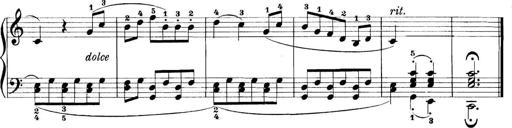
Title: 11 Sonatinas
Composer: Anton Diabelli